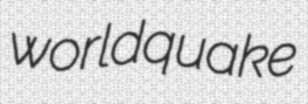
worldquake